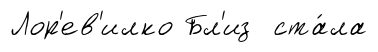
Лор'ев'илко Бл'из ста́ла